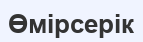
Өмірсерік